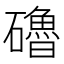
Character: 𥗆